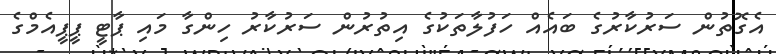
އެގޮތުން ސަރުކާރުގެ ބައެއް ހަފުލާތަކުގެ އިތުރުން ސަރުކާރު ހިންގާ މައި ޕާޓީ ޕީޕީއެމްގެ